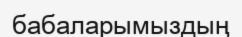
бабаларымыздың